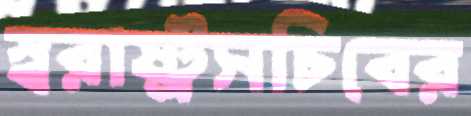
স্বরাষ্ট্রসচিবের